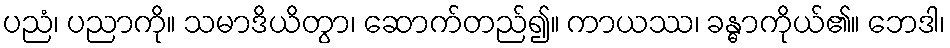
ပညံ၊ ပညာကို။ သမာဒိယိတွာ၊ ဆောက်တည်၍။ ကာယဿ၊ ခန္ဓာကိုယ်၏။ ဘေဒါ၊